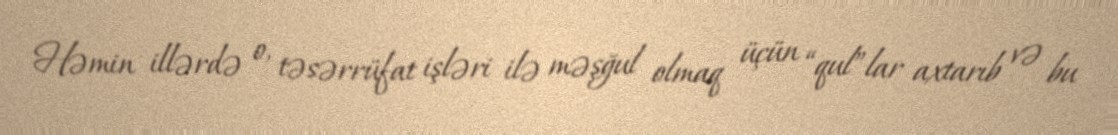
Həmin illərdə o, təsərrüfat işləri ilə məşğul olmaq üçün “qul”lar axtarıb və bu